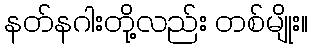
နတ်နဂါးတို့လည်း တစ်မျိုး။